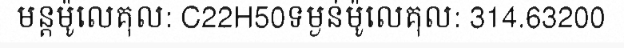
មន្តម៉ូលេគុល: C22H50ទម្ងន់ម៉ូលេគុល: 314.63200